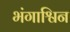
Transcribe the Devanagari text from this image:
भंगाश्विन